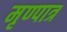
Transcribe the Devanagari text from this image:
मृण्पात्र